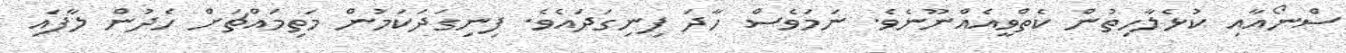
ސްނޯއާއި ކުޅެލާހިތުން ކެތްވީއެއްނޫނެވެ. ނަމަވެސް ހާދަ ފިނިގަދައެވެ. ފިނިގަދަކަމުން މަތިމައްޗަށް ހެދުން ލާފައި